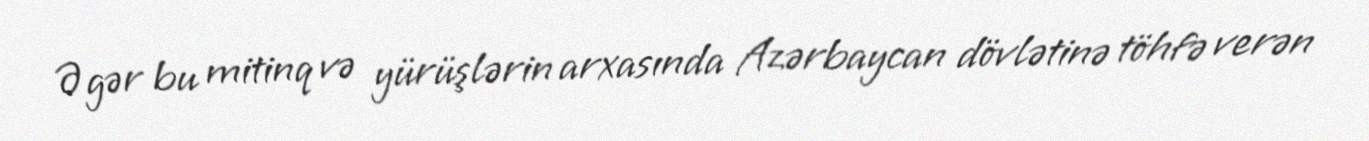
Əgər bu mitinq və yürüşlərin arxasında Azərbaycan dövlətinə töhfə verən